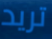
تريد